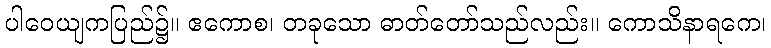
ပါဝေယျကပြည်၌။ ဧကောစ၊ တခုသော ဓာတ်တော်သည်လည်း။ ကောသိနာရကေ၊